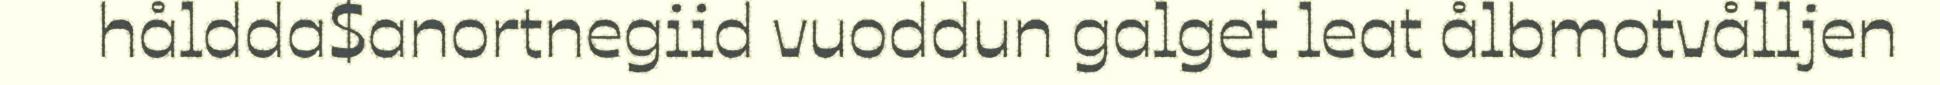
håldda$anortnegiid vuoddun galget leat ålbmotvålljen